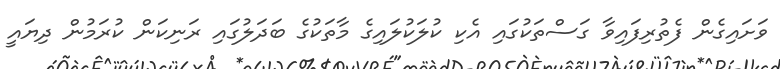
ވަށައިގެން ފެތުރިފައިވާ ގަސްތަކުގައި އެކި ކުލަކުލައިގެ މާތަކުގެ ބަދަލުގައި ރަނިކަން ކުރަމުން ދިޔައީ